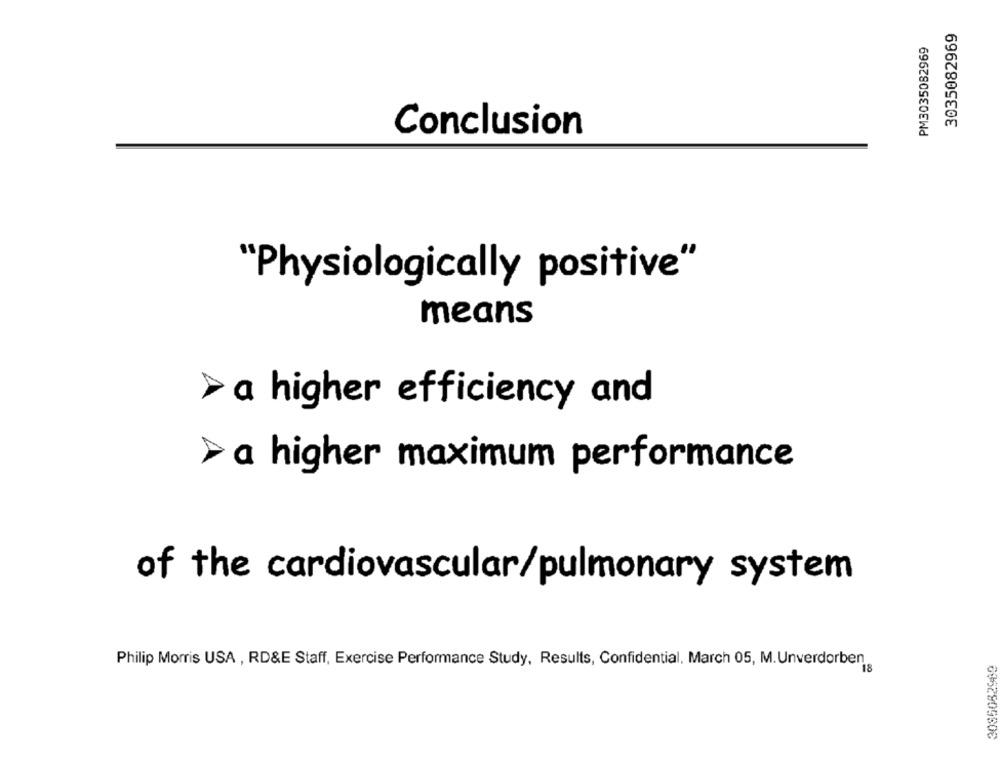
3035082969
PM3035082969
Conclusion
"Physiologically positive"
means
> a higher efficiency and
> a higher maximum performance
of the cardiovascular/pulmonary system
Philip Morris USA , RD&E Staff, Exercise Performance Study, Results, Confidential, March 05, M. Unverdorben
3085082989